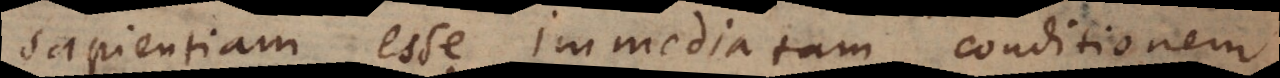
sapientiam esse immediatam conditionem